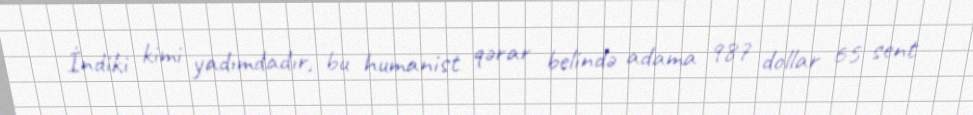
İndiki kimi yadımdadır, bu humanist qərar belində adama 987 dollar 65 sent